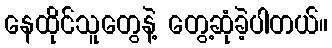
နေထိုင်သူတွေနဲ့ တွေ့ဆုံခဲ့ပါတယ်။